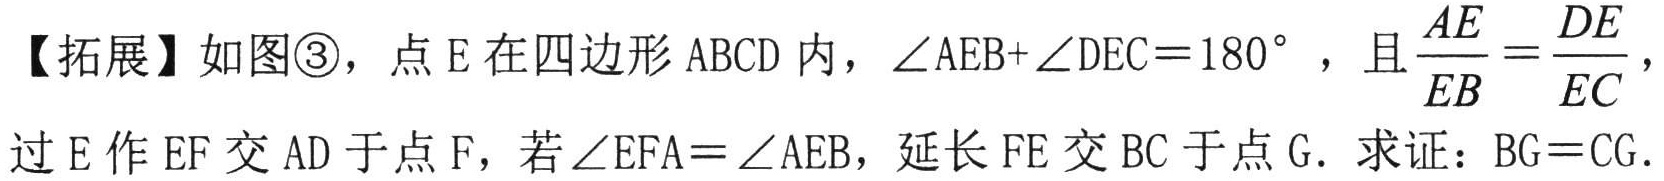
【拓展】如图\textcircled{3}，点 E 在四边形 ABCD 内，\(\angle AEB+\angle DEC = 180^{\circ}\)，且\(\frac{AE}{EB}=\frac{DE}{EC}\)，过 E 作 EF 交 AD 于点 F，若\(\angle EFA=\angle AEB\)，延长 FE 交 BC 于点 G．求证：\(BG = CG\)．